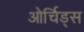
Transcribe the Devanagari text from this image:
ओर्चिड्स